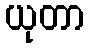
ယုတာ